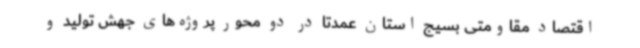
اقتصاد مقاومتی بسیج استان عمدتا در دو محور پروژه‌های جهش تولید و